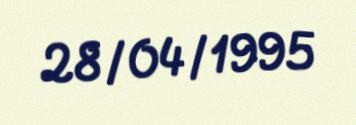
28/04/1995